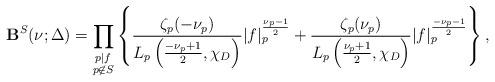
LaTeX: \begin{align*}{\bf B}^{S}(\nu ;\Delta)=\prod_{\substack{p|f \\ p\not\in S}}\left\{\frac{\zeta_p(-\nu_p)}{L_p\left(\frac{-\nu_p+1}{2},\chi_{D} \right)}|f|_p^{\frac{\nu_p-1}{2}}+\frac{\zeta_p(\nu_p)}{L_p\left(\frac{\nu_p+1}{2},\chi_{D} \right)}|f|_p^{\frac{-\nu_p-1}{2}}\right\}, \end{align*}